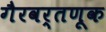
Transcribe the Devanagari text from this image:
गैरवर्तणूक